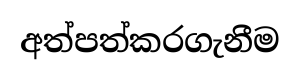
අත්පත්කරගැනීම